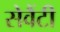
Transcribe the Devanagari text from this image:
सेवैंटी